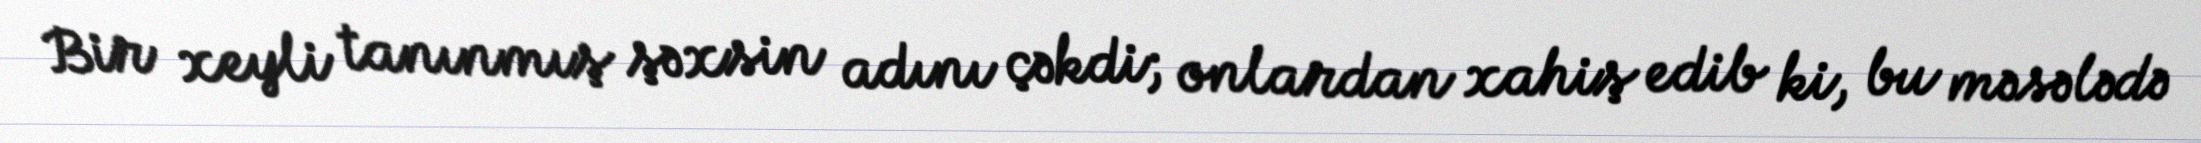
Bir xeyli tanınmış şəxsin adını çəkdi; onlardan xahiş edib ki, bu məsələdə